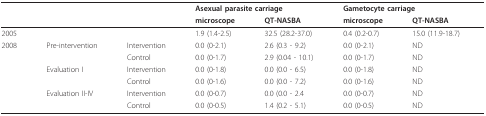
<table><thead><tr><td></td><td></td><td></td><td colspan="2"><b>Asexual parasite carriage</b></td><td colspan="2"><b>Gametocyte carriage</b></td></tr><tr><td></td><td></td><td></td><td><b>microscope</b></td><td><b>QT-NASBA</b></td><td><b>microscope</b></td><td><b>QT-NASBA</b></td></tr></thead><tbody><tr><td>2005</td><td></td><td></td><td>1.9 (1.4-2.5)</td><td>32.5 (28.2-37.0)</td><td>0.4 (0.2-0.7)</td><td>15.0 (11.9-18.7)</td></tr><tr><td>2008</td><td>Pre-intervention</td><td>Intervention</td><td>0.0 (0-2.1)</td><td>2.6 (0.3 - 9.2)</td><td>0.0 (0-2.1)</td><td>ND</td></tr><tr><td></td><td></td><td>Control</td><td>0.0 (0-1.7)</td><td>2.9 (0.04 - 10.1)</td><td>0.0 (0-1.7)</td><td>ND</td></tr><tr><td></td><td>Evaluation I</td><td>Intervention</td><td>0.0 (0-1.8)</td><td>0.0 (0.0 - 6.5)</td><td>0.0 (0-1.8)</td><td>ND</td></tr><tr><td></td><td></td><td>Control</td><td>0.0 (0-1.6)</td><td>0.0 (0.0 - 7.2)</td><td>0.0 (0-1.6)</td><td>ND</td></tr><tr><td></td><td>Evaluation II-IV</td><td>Intervention</td><td>0.0 (0-0.7)</td><td>0.0 (0.0 - 2.4</td><td>0.0 (0-0.7)</td><td>ND</td></tr><tr><td></td><td></td><td>Control</td><td>0.0 (0-0.5)</td><td>1.4 (0.2 - 5.1)</td><td>0.0 (0-0.5)</td><td>ND</td></tr></tbody></table>